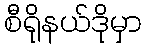
စီရိုနယ်ဒိုမှာ